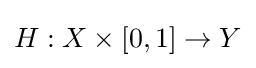
H:X\times [0,1]\to Y